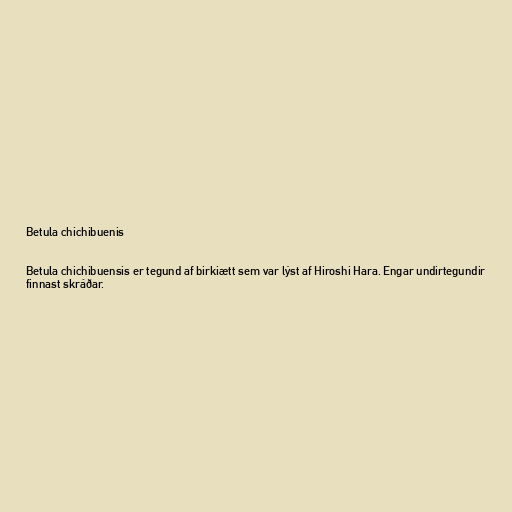
Betula chichibuenis

Betula chichibuensis er tegund af birkiætt sem var lýst af Hiroshi Hara. Engar undirtegundir
finnast skráðar.